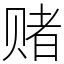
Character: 赌